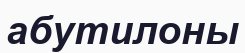
абутилоны